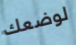
لوضعك